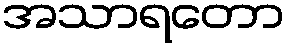
အသာရတော